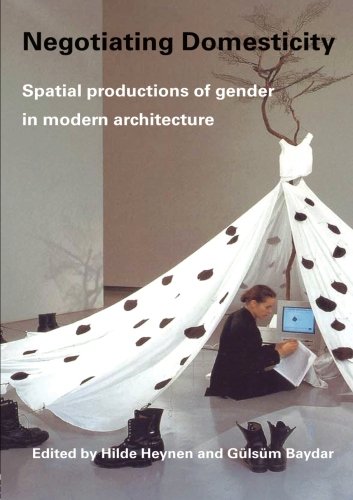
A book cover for Negotiating Domesticity: Spatial Productions of Gender in Modern Architecture; Crafts, Hobbies & Home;